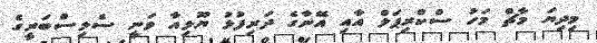
މިދިޔަ މާޗް މަހު ސްކްރިޕަލް އާއި އޭނާގެ ދަރިފުޅު ޔޫލިއާ ވަނީ ސެލިސްބަރީގެ